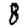
Digit: 8